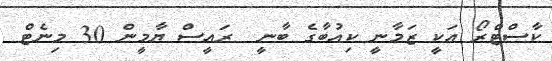
ކާސްޓްރޯ އަކީ ޒަމާނީ ކިއުބާގެ ބާނީ  ރައީސް ޔާމީން 30 މިނެޓް